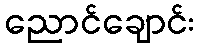
ညောင်ချောင်း